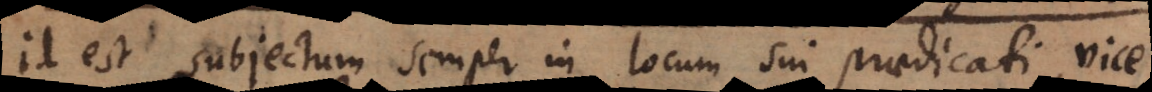
id est subjectum semper in locum sui praedicati, vice